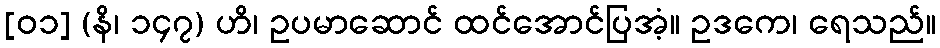
[၀၁] (နိ၊ ၁၄၇) ဟိ၊ ဥပမာဆောင် ထင်အောင်ပြအံ့။ ဥဒကေ၊ ရေသည်။